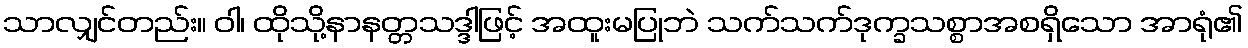
သာလျှင်တည်း။ ဝါ၊ ထိုသို့နာနတ္တသဒ္ဒါဖြင့် အထူးမပြုဘဲ သက်သက်ဒုက္ခသစ္စာအစရှိသော အာရုံ၏